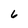
Character: 6